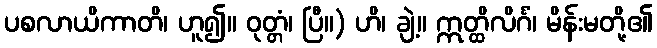
ပစလာယိကာတိ၊ ဟူ၍။ ဝုတ္တံ၊ ပြီ။) ဟိ၊ ချဲ့။ ဣတ္ထိလိင်္ဂံ၊ မိန်းမတို့၏